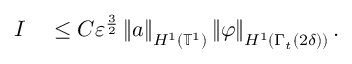
\begin{array} { r l } { I } & { { } \leq C \ensuremath { \varepsilon } ^ { \frac { 3 } { 2 } } \left\Vert a \right\Vert _ { H ^ { 1 } ( \mathbb { T } ^ { 1 } ) } \left\Vert \boldsymbol { \varphi } \right\Vert _ { H ^ { 1 } \left( \Gamma _ { t } ( 2 \delta ) \right) } . } \end{array}